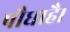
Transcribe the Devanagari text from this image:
पौधाहै।